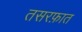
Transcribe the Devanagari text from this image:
तसरफ़ात